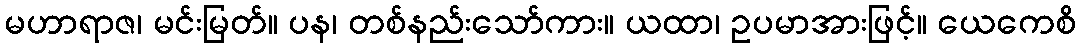
မဟာရာဇ၊ မင်းမြတ်။ ပန၊ တစ်နည်းသော်ကား။ ယထာ၊ ဥပမာအားဖြင့်။ ယေကေစိ